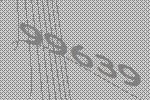
99639